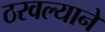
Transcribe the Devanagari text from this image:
ठरवल्याने